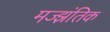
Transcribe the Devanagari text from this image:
मज्झंतिक